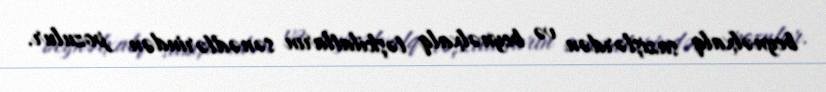
beynəlxalq sazişlərdən və beynəlxalq təşkilatların sənədlərindən pozulur.